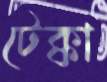
টেক্কা